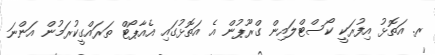
ރ. އަތޮޅު އިފުރަކީ ކޯސްޓްލައިން ގްރޫޕުން އެ އަތޮޅުގައި އެއާޕޯޓް ތަރައްގީކުރަމުން އަންނަ